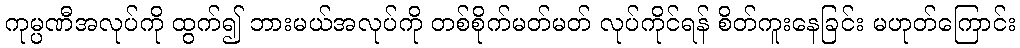
ကုမ္ပဏီအလုပ်ကို ထွက်၍ ဘားမယ်အလုပ်ကို တစ်စိုက်မတ်မတ် လုပ်ကိုင်ရန် စိတ်ကူးနေခြင်း မဟုတ်ကြောင်း